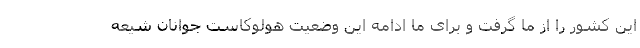
این کشور را از ما گرفت و برای ما ادامه این وضعیت هولوکاست جوانان شیعه